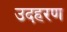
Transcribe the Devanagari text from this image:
उदहरण